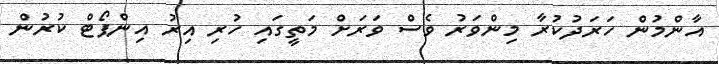
އާންމުން ހަރަދުކުރާ މިންވަރު ވެސް ވަރަށް މަތީގައި ހުރި އިރު އިންޕޯޓް ކުރުން